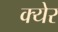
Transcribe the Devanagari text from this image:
क्येर